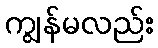
ကျွန်မလည်း